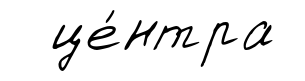
це́нтра